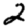
Digit: 2